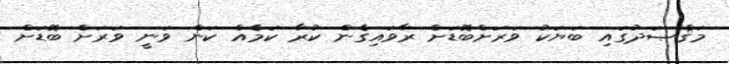
މަޤްޞަދުގައި ބަޔަކު ވަރަށްބޮޑަށް ރާވައިގެން ކުރާ ކަމެއް ކަން ވަނީ ވަރަށް ބޮޑަށް